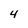
Character: 4